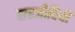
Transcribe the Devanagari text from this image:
सहजीवियों